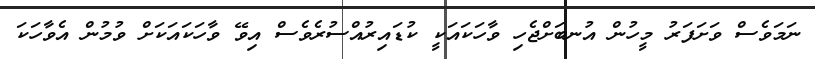
ނަމަވެސް ވަށަފަރު މީހުން އުނބަށްޖެހި ވާހަކައަކީ ކުޑައިރުއްސުރެވެސް އިވޭ ވާހަކައަކަށް ވުމުން އެވާހަކަ